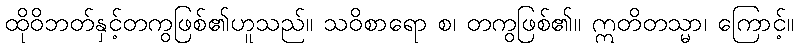
ထိုဝိဘတ်နှင့်တကွဖြစ်၏ဟူသည်။ သဝိစာရော စ၊ တကွဖြစ်၏။ ဣတိတသ္မာ၊ ကြောင့်။